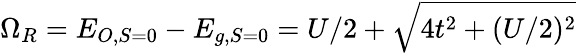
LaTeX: \Omega_{R}=E_{O,S=0}-E_{g,S=0}=U/2+\sqrt{4t^{2}+(U/2)^{2}}